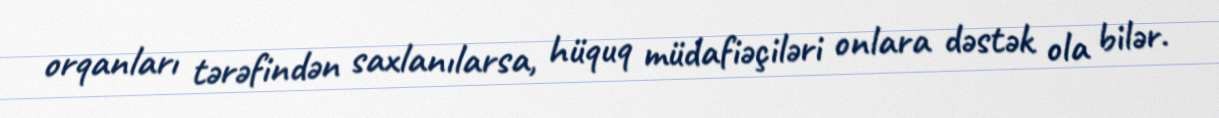
orqanları tərəfindən saxlanılarsa, hüquq müdafiəçiləri onlara dəstək ola bilər.